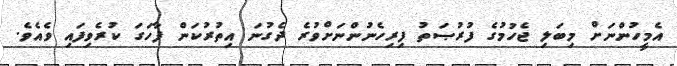
އެމީހުންނަށް މިބަލި ޖެހުމުގެ ފުރުޞަތު ފިރިހެނުންނަށްވުރެ ދެގުނަ އިތުރުކަން ފާހަގަ ކުރެވިފައި ވެއެވެ.